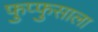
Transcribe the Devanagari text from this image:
फुप्फुसाला